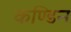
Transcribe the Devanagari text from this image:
कण्डिन